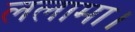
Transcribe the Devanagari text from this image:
ललामा।